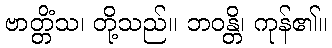
ဗာတ္တိံသ၊ တို့သည်။ ဘဝန္တိ၊ ကုန်၏။